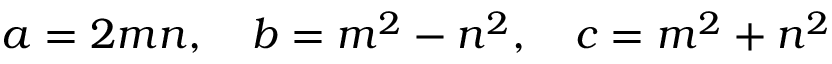
a = 2 m n , \quad b = m ^ { 2 } - n ^ { 2 } , \quad c = m ^ { 2 } + n ^ { 2 }